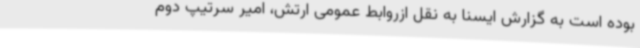
بوده است به گزارش ایسنا به نقل ازروابط عمومی ارتش، امیر سرتیپ دوم